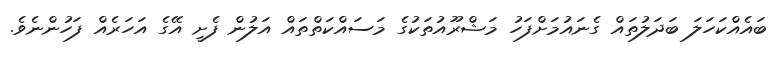
ބައެއްކަހަލަ ބަދަލުތައް ގެނައުމަށްފަހު މަޝްރޫއުތަކުގެ މަސައްކަތްތައް އަލުން ފެށީ އޭގެ އަހަރެއް ފަހުންނެވެ.